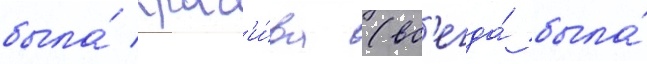
была́ крас'и́ва (вс'егда́ была́